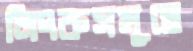
লিংকসমূহে